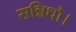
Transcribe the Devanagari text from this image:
सन्निधौ।